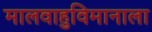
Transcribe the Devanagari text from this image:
मालवाहुविमानाला